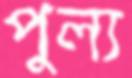
পুল্য